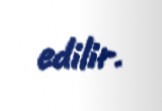
edilir.